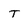
Character: T